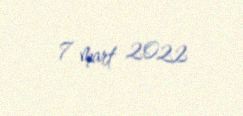
7 mart 2022